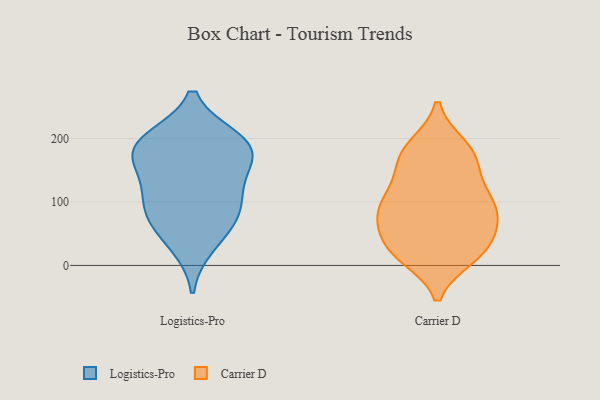
{"axis": {"x": "Latency (ms)", "y": "Value"}, "legend": ["Carrier D", "Logistics-Pro"], "data": [{"x": "", "y": 176, "type": "Logistics-Pro"}, {"x": "", "y": 33, "type": "Logistics-Pro"}, {"x": "", "y": 66, "type": "Logistics-Pro"}, {"x": "", "y": 93, "type": "Logistics-Pro"}, {"x": "", "y": 115, "type": "Logistics-Pro"}, {"x": "", "y": 184, "type": "Logistics-Pro"}, {"x": "", "y": 82, "type": "Logistics-Pro"}, {"x": "", "y": 176, "type": "Logistics-Pro"}, {"x": "", "y": 197, "type": "Logistics-Pro"}, {"x": "", "y": 198, "type": "Logistics-Pro"}, {"x": "", "y": 139, "type": "Logistics-Pro"}, {"x": "", "y": 159, "type": "Carrier D"}, {"x": "", "y": 115, "type": "Carrier D"}, {"x": "", "y": 20, "type": "Carrier D"}, {"x": "", "y": 80, "type": "Carrier D"}, {"x": "", "y": 133, "type": "Carrier D"}, {"x": "", "y": 93, "type": "Carrier D"}, {"x": "", "y": 58, "type": "Carrier D"}, {"x": "", "y": 85, "type": "Carrier D"}, {"x": "", "y": 69, "type": "Carrier D"}, {"x": "", "y": 169, "type": "Carrier D"}, {"x": "", "y": 188, "type": "Carrier D"}, {"x": "", "y": 14, "type": "Carrier D"}, {"x": "", "y": 30, "type": "Carrier D"}, {"x": "", "y": 101, "type": "Carrier D"}, {"x": "", "y": 18, "type": "Carrier D"}, {"x": "", "y": 99, "type": "Carrier D"}, {"x": "", "y": 19, "type": "Carrier D"}, {"x": "", "y": 52, "type": "Carrier D"}, {"x": "", "y": 188, "type": "Carrier D"}, {"x": "", "y": 173, "type": "Carrier D"}]}